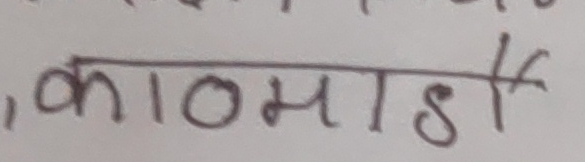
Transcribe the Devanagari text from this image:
, काठमाडौँ